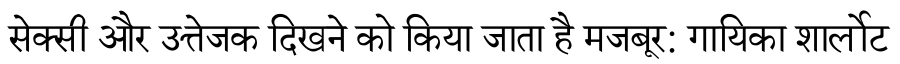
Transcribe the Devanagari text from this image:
सेक्सी और उत्तेजक दिखने को किया जाता है मजबूर: गायिका शार्लोट